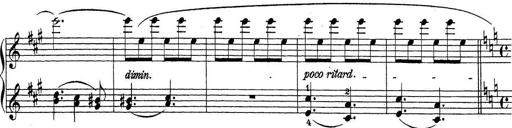
Title: Sonatina Album
Composer: Louis KÃ¶hler